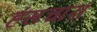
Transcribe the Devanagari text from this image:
हंसचारा